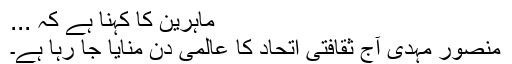
ماہرین کا کہنا ہے کہ ...
منصور مہدی آج ثقافتی اتحاد کا عالمی دن منایا جا رہا ہے۔